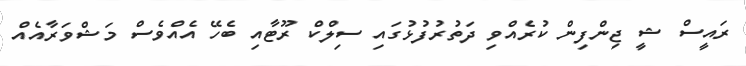
ރައީސް ޝީ ޖިންފިން ކުރެއްވި ދަތުރުފުޅުގައި ސިލްކް ރޫޓާއި ބެހޭ އެއްވެސް މަޝްވަރާއެއް